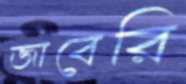
জাবেরি